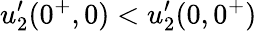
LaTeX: u_{2}^{\prime}(0^{+},0)<u_{2}^{\prime}(0,0^{+})